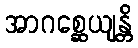
အာဂစ္ဆေယျန္တိ